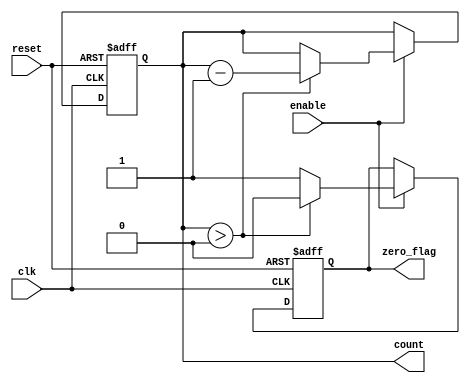
module MemoryBlocksDownCounter (
    input wire clk,             // Clock input
    input wire reset,           // Asynchronous reset
    input wire enable,          // Enable counting
    output reg [3:0] count,     // Current count value (4 bits)
    output reg zero_flag        // Zero flag output
);

    // Initial count value (15)
    reg [3:0] initial_value = 4'd15;

    // Always block for counting logic
    always @(posedge clk or posedge reset) begin
        if (reset) begin
            count <= initial_value;  // Reset the count to initial value
            zero_flag <= 1'b0;       // Clear zero flag
        end else if (enable) begin
            if (count > 0) begin
                count <= count - 1;  // Decrement the count
                zero_flag <= 1'b0;    // Clear zero flag
            end else begin
                zero_flag <= 1'b1;     // Set zero flag when count reaches zero
            end
        end
        // If enable is low, the count retains its value
    end

endmodule